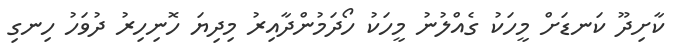
ކާށިދޫ ކަނޑަށް މީހަކު ގެއްލުނު މީހަކު ހޯދަމުންދާއިރު މިދިޔަ ހޮނިހިރު ދުވަހު ހިނގި